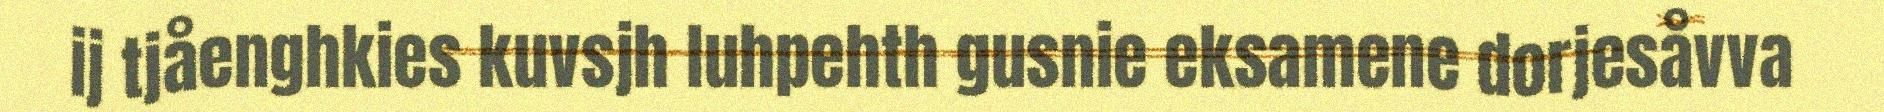
ij tjåenghkies kuvsjh luhpehth gusnie eksamene dorjesåvva